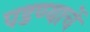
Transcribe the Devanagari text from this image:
पडण्याचें